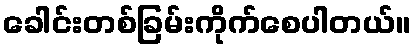
ခေါင်းတစ်ခြမ်းကိုက်စေပါတယ်။